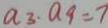
a _ { 3 } \cdot a _ { 9 } = 7